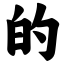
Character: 的